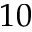
1 0